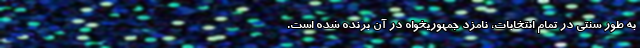
به طور سنتی در تمام انتخابات، نامزد جمهوریخواه در آن برنده شده است.